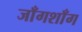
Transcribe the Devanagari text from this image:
जाँगशाँग